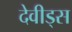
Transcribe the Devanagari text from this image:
देवीड्स